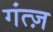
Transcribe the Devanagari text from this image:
गंत्ज़